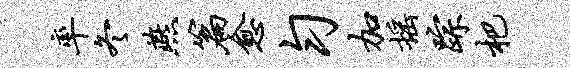
率冬燕篇愈匀加摇踪杷